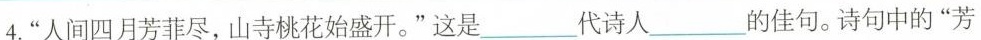
4.”人间四月芳菲尽，山寺桃花始盛开。”这是___代诗人___的佳句。诗句中的”芳